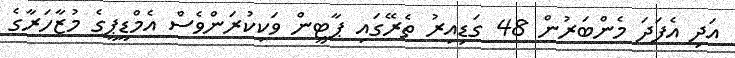
އަދި އެފަދަ މެންބަރުން 48 ގަޑިއިރު ތެރޭގައި ޕާޓީން ވަކިކުރަންވެސް އެމްޑީޕީގެ މުޒާހަރާގެ